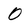
Character: O